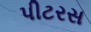
પીટરસ